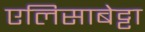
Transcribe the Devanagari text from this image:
एलिसाबेट्टा